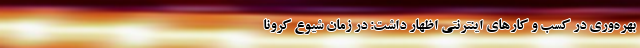
بهره‌وری در کسب و کارهای اینترنتی اظهار داشت: در زمان شیوع کرونا